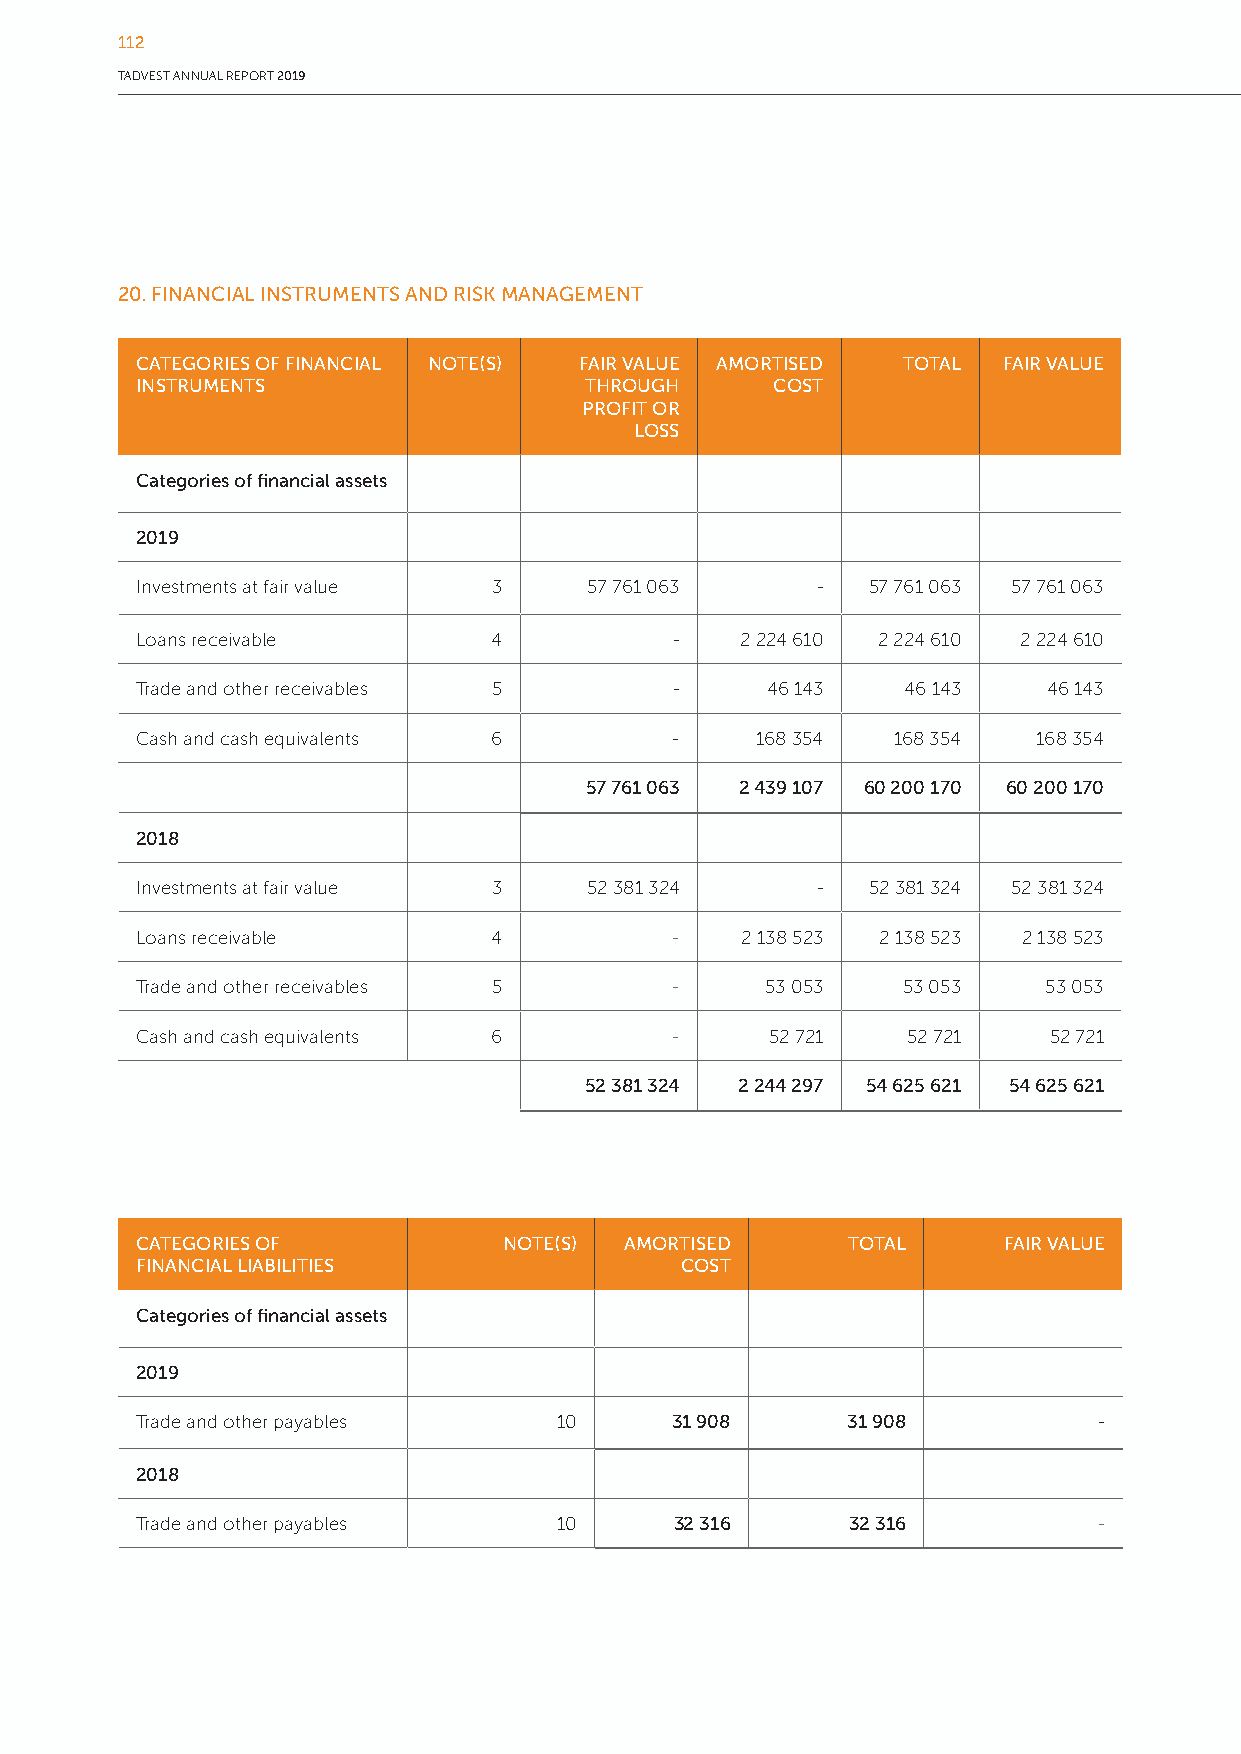
112
 TADVEST ANNUAL REPORT 2019
 20. FINANCIAL INSTRUMENTS AND RISK MANAGEMENT
 CATEGORIES OF FINANCIAL NOTE(S) FAIR VALUE AMORTISED TOTAL FAIR VALUE
 INSTRUMENTS                   THROUGH     COST
 PROFIT OR
 LOSS
 Categories of financial assets
 2019
 Investments at fair value 3   57 761 063     -  57 761 063 57 761 063
 Loans receivable        4           -   2 224 610 2 224 610 2 224 610
 Trade and other receivables 5       -     46 143   46 143   46 143
 Cash and cash equivalents 6        -     168 354  168 354   168 354
 57 761 063 2 439 107 60 200 170 60 200 170
 2018
 Investments at fair value 3   52 381 324     -  52 381 324 52 381 324
 Loans receivable        4          -    2 138 523 2 138 523 2 138 523
 Trade and other receivables 5      -      53 053   53 053   53 053
 Cash and cash equivalents 6        -      52 721   52 721   52 721
 52 381 324 2 244 297 54 625 621 54 625 621
 CATEGORIES OF           NOTE(S) AMORTISED      TOTAL     FAIR VALUE
 FINANCIAL LIABILITIES               COST
 Categories of financial assets
 2019
 Trade and other payables    10     31 908      31 908           -
 2018
 Trade and other payables    10      32 316     32 316           -